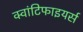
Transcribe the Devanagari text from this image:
क्वांटिफाइयर्स